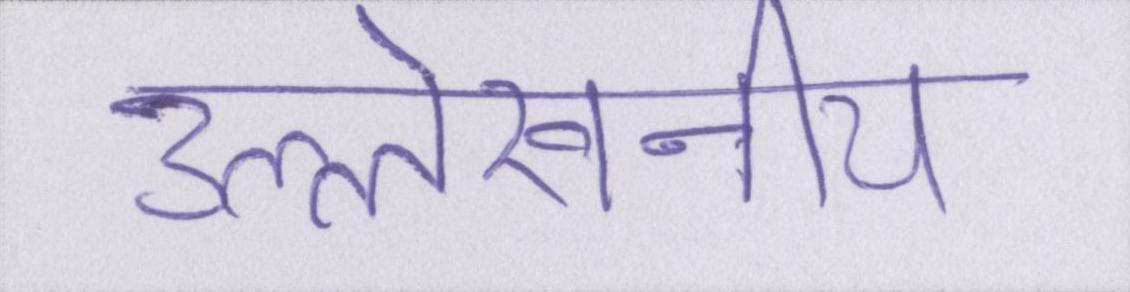
उल्लेखनीय